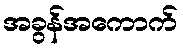
အခွန်အကောက်